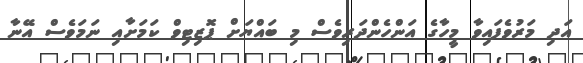
އަދި މަރުވެފައިވާ މީހާގެ އަންހެންދަރިވެސް މި ބައްޔަށް ޕޮޒިޓިވް ކަމަށާއި ނަމަވެސް އޭނާ